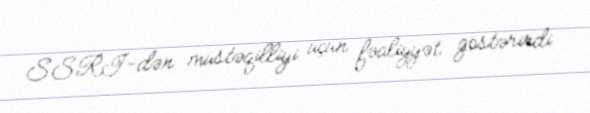
SSRİ-dən müstəqilliyi üçün fəaliyyət göstərirdi.